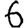
Digit: 6